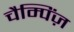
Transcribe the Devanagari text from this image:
चैम्पिंज़